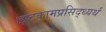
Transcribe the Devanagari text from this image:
।इष्टकामप्रसिद्ध्यर्थं